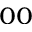
_ { 0 0 }